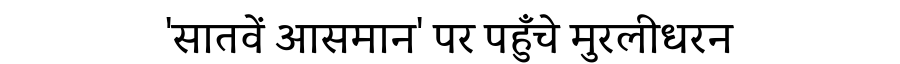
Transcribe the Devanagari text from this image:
'सातवें आसमान' पर पहुँचे मुरलीधरन